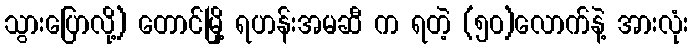
သွားပြောလို့) တောင်မြို့ ရဟန်းအမဆီ က ရတဲ့ (၅၀)လောက်နဲ့ အားလုံး